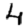
Digit: 4